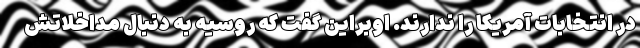
در انتخابات آمریکا را ندارند. اوبراین گفت که روسیه به دنبال مداخلاتش